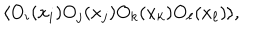
\langle O _ { i } ( x _ { i } ) O _ { j } ( x _ { j } ) O _ { k } ( x _ { k } ) O _ { \ell } ( x _ { \ell } ) \rangle ,